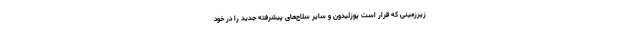
زیرزمینی که قرار است پوزئیدون و سایر سلاح‌های پیشرفته جدید را در خود